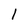
Character: l